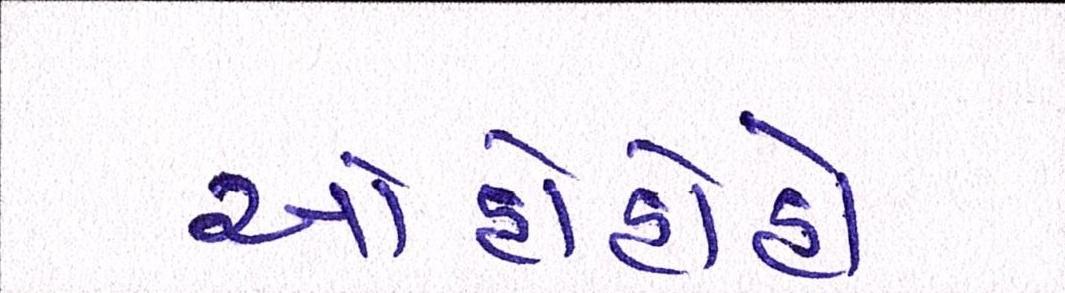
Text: ઓહોહોહો